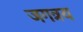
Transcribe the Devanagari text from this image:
जगत्रय